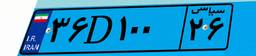
۹۴D۱۸۵۹۳